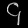
Digit: ၄